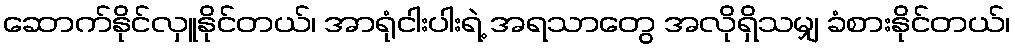
ဆောက်နိုင်လှူနိုင်တယ်၊ အာရုံငါးပါးရဲ့ အရသာတွေ အလိုရှိသမျှ ခံစားနိုင်တယ်၊